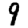
Digit: 9